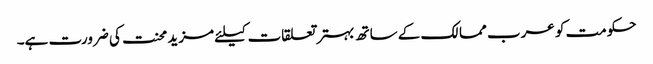
حکومت کو عرب ممالک کے ساتھ بہتر تعلقات کیلئے مزید محنت کی ضرورت ہے۔